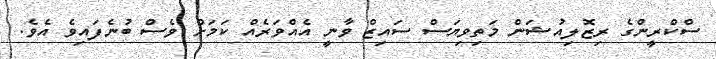
ސްކްރީންގެ ރިޒޮލިއުޝަން މަތިވިޔަސް ސައިޒް ވާނީ އެއްވަރެއް ކަމަށް ވެސް ބުނެފައިވެ އެވެ.